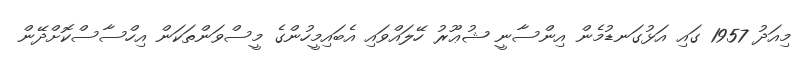
މިއަދު 1957 ގައި އަޅުގަނޑުމެން އިންސާނީ ޝުޢޫރު ހޭލައްވައި އެބައިމީހުންގެ މީސްވަންތަކަން އިހްސާސްކޮށްދޭން